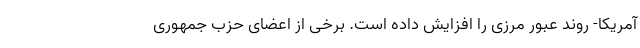
آمریکا- روند عبور مرزی را افزایش داده است. برخی از اعضای حزب جمهوری